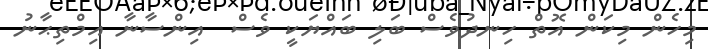
މިހެން މިކަން އޮތް ހިނދުވެސް ބަލި ބައްޔަކީ ވެސް  އިންސާނާ އިމްތިޙާނު